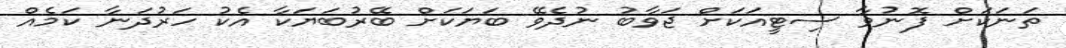
ތަނަކަށް ފޮނުވާ ސިޓީއަކަށް ޖަވާބު ނުދެވޭ ބަޔަކަށް ބޭރުބަޔަކާ އެކު ހަރުދަނާ ކަމެއް